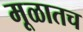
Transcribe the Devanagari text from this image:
मूळातच